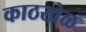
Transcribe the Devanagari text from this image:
काठखेळ